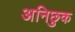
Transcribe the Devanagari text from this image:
अनिछुक